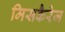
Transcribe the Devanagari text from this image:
मिसकैरेज